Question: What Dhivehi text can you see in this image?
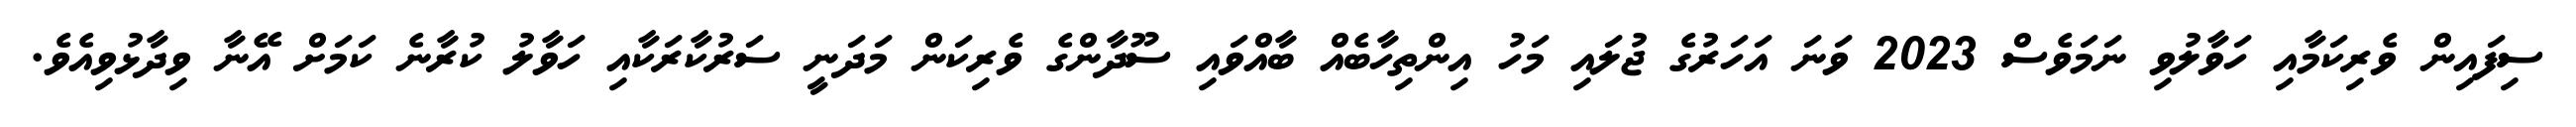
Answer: ސިފައިން ވެރިކަމާއި ހަވާލުވި ނަމަވެސް 2023 ވަނަ އަހަރުގެ ޖުލައި މަހު އިންތިހާބެއް ބާއްވައި ސޫދާންގެ ވެރިކަން މަދަނީ ސަރުކާރަކާއި ހަވާލު ކުރާނެ ކަމަށް އޭނާ ވިދާޅުވިއެވެ.